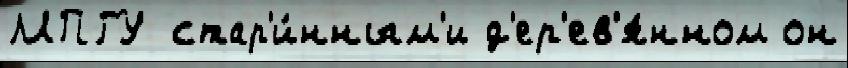
МПГУ стар'и́нным'и д'ер'ев'я́нном он